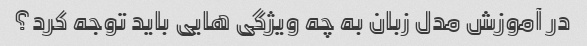
در آموزش مدل زبان به چه ویژگی هایی باید توجه کرد؟